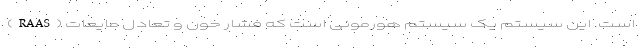
(RAAS) است. این سیستم یک سیستم هورمونی است که فشار خون و تعادل مایعات